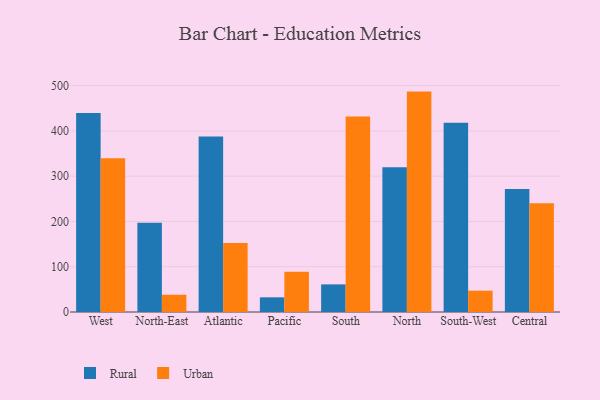
{"axis": {"x": "Region", "y": "Demand Index"}, "legend": ["Rural", "Urban"], "data": [{"x": "West", "y": 439.5, "type": "Rural"}, {"x": "West", "y": 339.4, "type": "Urban"}, {"x": "North-East", "y": 197.3, "type": "Rural"}, {"x": "North-East", "y": 38.1, "type": "Urban"}, {"x": "Atlantic", "y": 387.8, "type": "Rural"}, {"x": "Atlantic", "y": 152.5, "type": "Urban"}, {"x": "Pacific", "y": 32.4, "type": "Rural"}, {"x": "Pacific", "y": 89.1, "type": "Urban"}, {"x": "South", "y": 61.0, "type": "Rural"}, {"x": "South", "y": 431.5, "type": "Urban"}, {"x": "North", "y": 319.8, "type": "Rural"}, {"x": "North", "y": 486.7, "type": "Urban"}, {"x": "South-West", "y": 418.0, "type": "Rural"}, {"x": "South-West", "y": 47.1, "type": "Urban"}, {"x": "Central", "y": 271.4, "type": "Rural"}, {"x": "Central", "y": 240.2, "type": "Urban"}]}